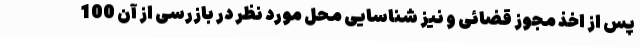
پس از اخذ مجوز قضائی و نیز شناسایی محل مورد نظر در بازرسی از آن 100